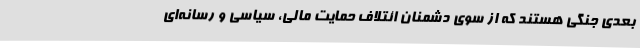
بعدی جنگی هستند که از سوی دشمنان ائتلاف حمایت مالی، سیاسی و رسانه‌ای